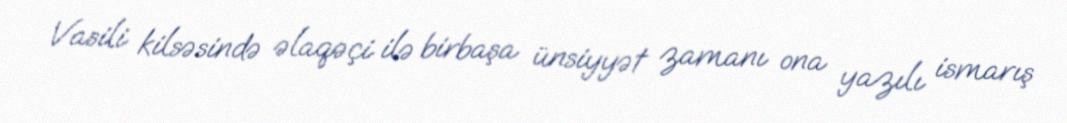
Vasili kilsəsində əlaqəçi ilə birbaşa ünsiyyət zamanı ona yazılı ismarış